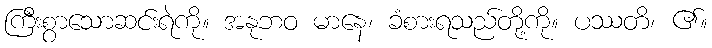
ကြီးစွာသောဆင်းရဲကို။ အနုဘဝ မာနေ၊ ခံစားရသည်တို့ကို။ ပဿတိ၊ ၏။